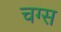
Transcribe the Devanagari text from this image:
चग्स